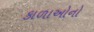
કાળાઓનો